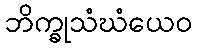
ဘိက္ခုသံဃံယေဝ